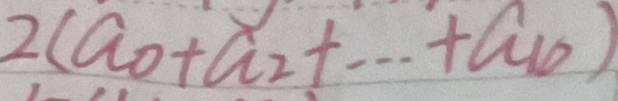
2 ( a _ { 0 } + a _ { 2 } + \cdots + a _ { 1 0 } )